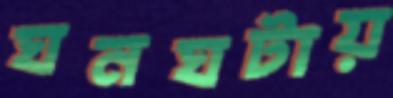
ঘনঘটায়